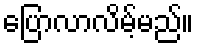
ပြောလာလိမ့်မည်။